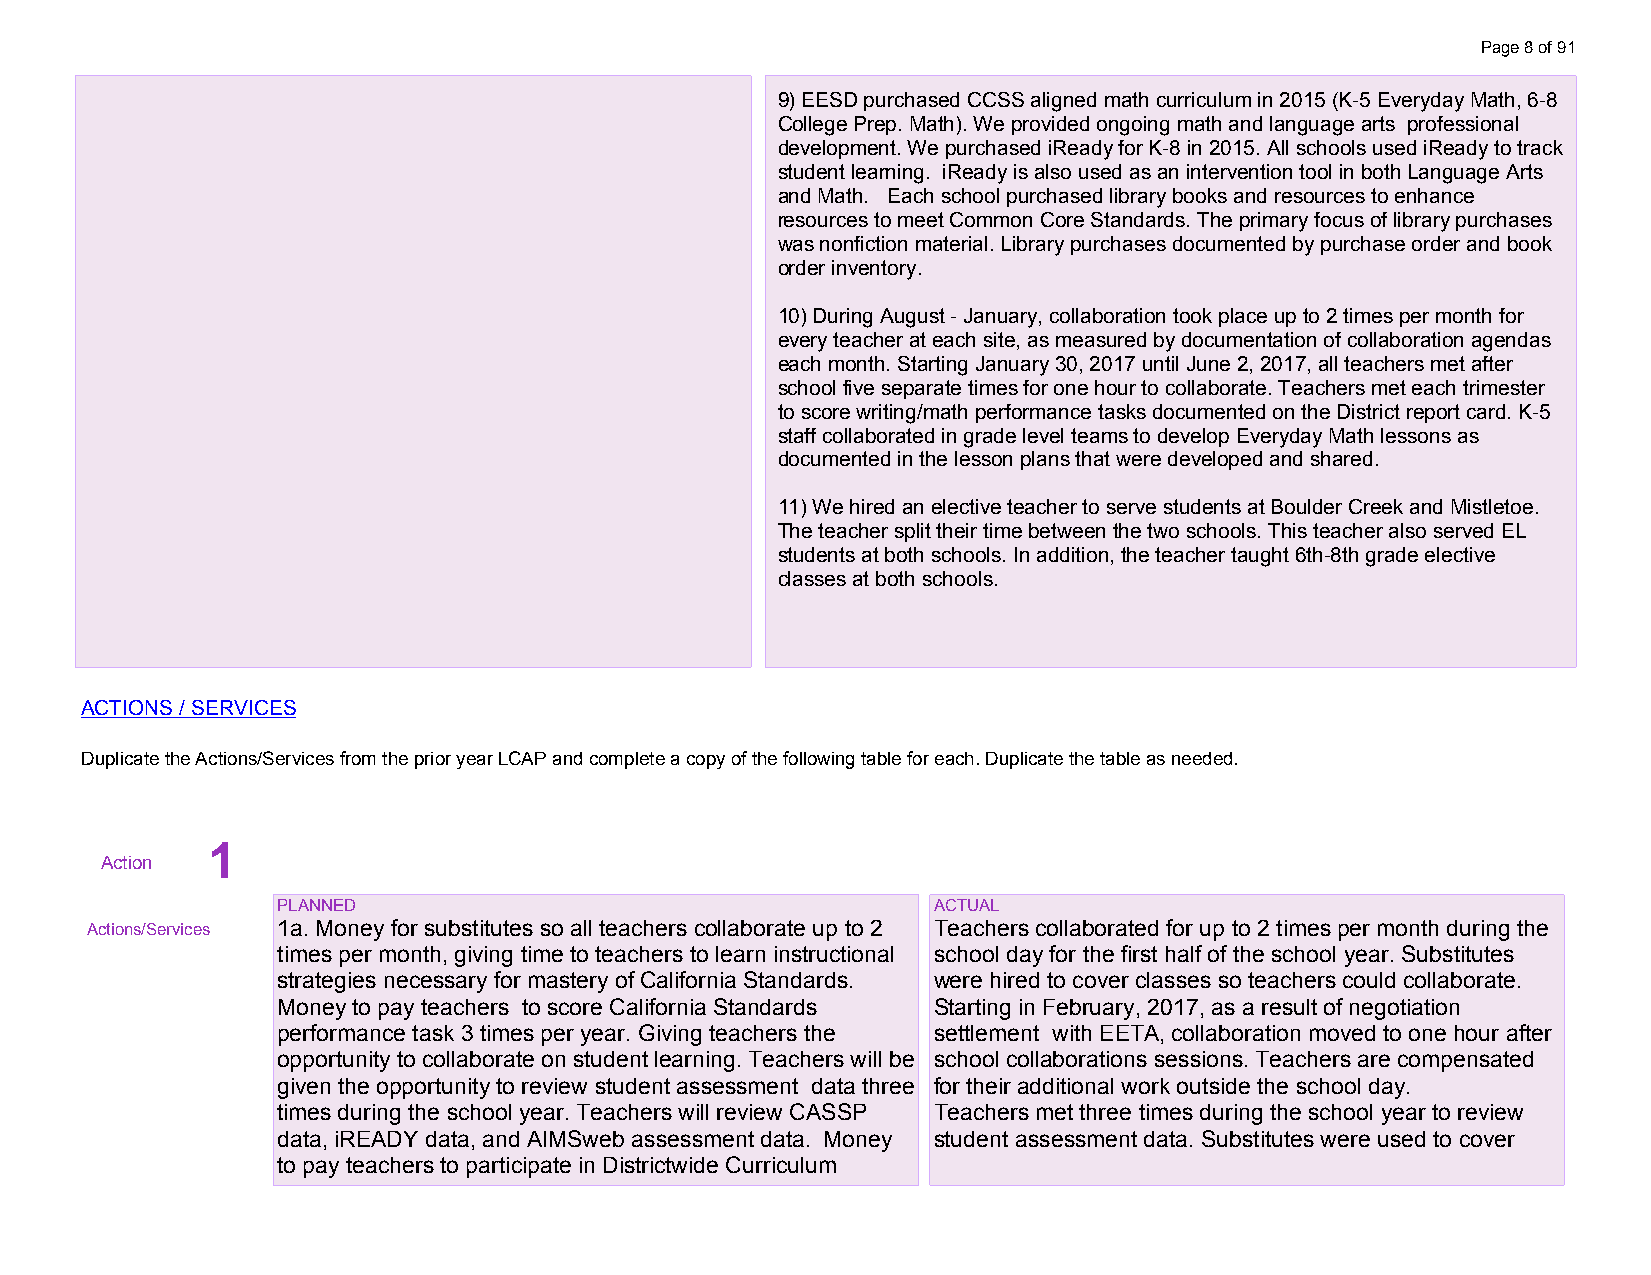
Page 8 of 91
 9) EESD purchased CCSS aligned math curriculum in 2015 (K-5 Everyday Math, 6-8
 College Prep. Math). We provided ongoing math and language arts professional
 development. We purchased iReady for K-8 in 2015. All schools used iReady to track
 student learning. iReady is also used as an intervention tool in both Language Arts
 and Math. Each school purchased library books and resources to enhance
 resources to meet Common Core Standards. The primary focus of library purchases
 was nonfiction material. Library purchases documented by purchase order and book
 order inventory.
 10) During August - January, collaboration took place up to 2 times per month for
 every teacher at each site, as measured by documentation of collaboration agendas
 each month. Starting January 30, 2017 until June 2, 2017, all teachers met after
 school five separate times for one hour to collaborate. Teachers met each trimester
 to score writing/math performance tasks documented on the District report card. K-5
 staff collaborated in grade level teams to develop Everyday Math lessons as
 documented in the lesson plans that were developed and shared.
 11) We hired an elective teacher to serve students at Boulder Creek and Mistletoe.
 The teacher split their time between the two schools. This teacher also served EL
 students at both schools. In addition, the teacher taught 6th-8th grade elective
 classes at both schools.
 ACTIONS / SERVICES
 Duplicate the Actions/Services from the prior year LCAP and complete a copy of the following table for each. Duplicate the table as needed.
 startcollapse
 1
 Action
 PLANNED                                     ACTUAL
 Actions/Services 1a. Money for substitutes so all teachers collaborate up to 2 Teachers collaborated for up to 2 times per month during the
 times per month, giving time to teachers to learn instructional school day for the first half of the school year. Substitutes
 strategies necessary for mastery of California Standards. were hired to cover classes so teachers could collaborate.
 Money to pay teachers to score California Standards Starting in February, 2017, as a result of negotiation
 performance task 3 times per year. Giving teachers the settlement with EETA, collaboration moved to one hour after
 opportunity to collaborate on student learning. Teachers will be school collaborations sessions. Teachers are compensated
 given the opportunity to review student assessment data three for their additional work outside the school day.
 times during the school year. Teachers will review CASSP Teachers met three times during the school year to review
 data, iREADY data, and AIMSweb assessment data. Money student assessment data. Substitutes were used to cover
 to pay teachers to participate in Districtwide Curriculum